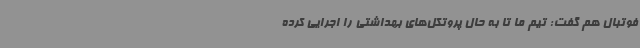
فوتبال هم گفت: تیم ما تا به حال پروتکل‌های بهداشتی را اجرایی کرده